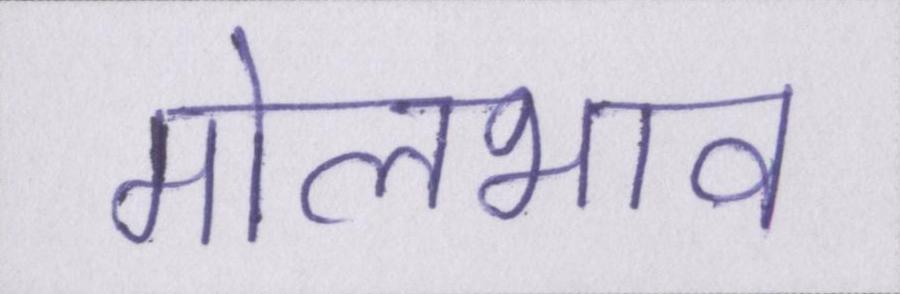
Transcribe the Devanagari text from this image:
मोलभाव